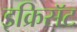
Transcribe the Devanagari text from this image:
इक्रिसॅट